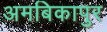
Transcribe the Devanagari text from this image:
अमबिकापुर